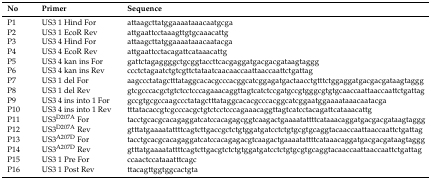
| No | Primer | Sequence |
 | --- | --- | --- |
 | P1 | US3 1 Hind For | attaagcttatggaaaataaacaatgcga |
 | P2 | US3 1 EcoR Rev | attgaattcctaaagttgtgcaaacattg |
 | P3 | US3 4 Hind For | attaagcttatggaaaataaacaatacga |
 | P4 | US3 4 EcoR Rev | attgaattcctacagattcataaacattg |
 | P5 | US3 4 kan ins For | gattctagaggggctgcggtaccttcacgaggatgacgacgataagtaggg |
 | P6 | US3 4 kan ins Rev | ccctctagaatctgtcgttctataatcaacaaccaattaaccaattctgattag |
 | P7 | US3 1 del For | aagccctatagctttataggcacacgcccacggcatcggagatgactaacctgtttctggaggatgacgacgataagtaggg |
 | P8 | US3 1 del Rev | gtcgcccacgctgtctcctcccagaaacaggttagtcatctccgatgccgtgggcgtgtgcaaccaattaaccaattctgattag |
 | P9 | US3 4 ins into 1 For | gccgtgcgccaagccctatagctttataggcacacgcccacggcatcggaatggaaaataaacaatacga |
 | P10 | US3 4 ins into 1 Rev | tttatacaccgtcgcccacgctgtctcctcccagaaacaggttagtcatcctacagattcataaacattg |
 | P11 | US3D207A For | tacctgcacgcacagaggatcatccacagagcggtcaagactgaaaatattttcataaacaggatgacgacgataagtaggg |
 | P12 | US3D207A Rev | gtttatgaaaatattttcagtcttgaccgctctgtggatgatcctctgtgcgtgcaggtacaaccaattaaccaattctgattag |
 | P13 | US3A207D For | tacctgcacgcacagaggatcatccacagagacgtcaagactgaaaatattttcataaacaggatgacgacgataagtaggg |
 | P14 | US3A207D Rev | gtttatgaaaatattttcagtcttgacgtctctgtggatgatcctctgtgcgtgcaggtacaaccaattaaccaattctgattag |
 | P15 | US3 1 Pre For | ccaactccataaatttcagc |
 | P16 | US3 1 Post Rev | ttacagttggtggcactgta |